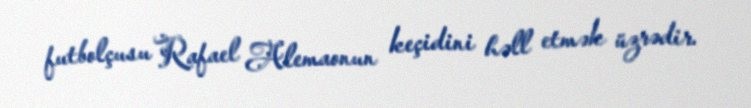
futbolçusu Rafael Alemaonun keçidini həll etmək üzrədir.